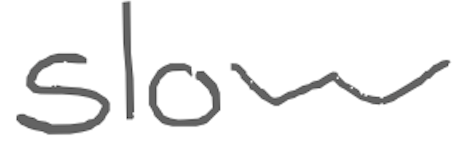
Text: slow
Cross-out: clean
Writing tool: digital_gray